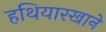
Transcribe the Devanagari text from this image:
हथियारखाने